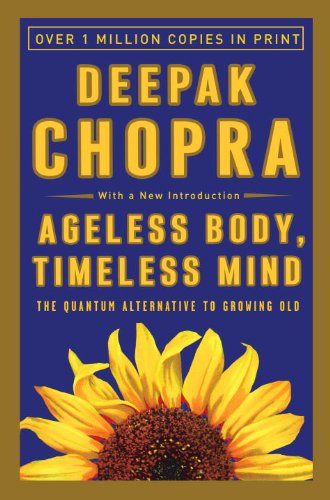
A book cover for Ageless Body, Timeless Mind: The Quantum Alternative to Growing Old; Deepak Chopra; Health, Fitness & Dieting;